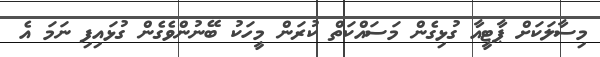
މިސާލަކަށް ޕާޓީއާ ގުޅިގެން މަސައްކަތް ކުރަން މީހަކު ބޭނުންވެގެން ގުޅައިފި ނަމަ އެ